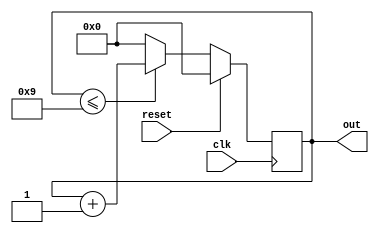
module bcd_counter(reset,clk,out);
input reset,clk;
output reg[3:0]out;

initial out=0;
always@(posedge clk)
begin
 if (reset)
 begin
 out<=3'b0;
 end
    else if(out<=9)
    begin
      out<=out+1;
    end
else 
 out<=0;
  
end
endmodule